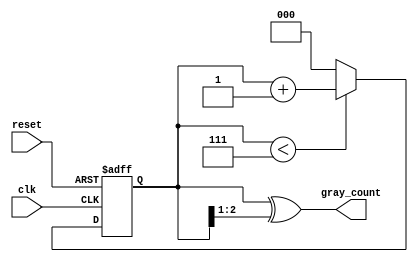
module gray_code_counter (
    input wire clk,        // Clock input
    input wire reset,      // Asynchronous reset
    output reg [2:0] gray_count  // Output in Gray code format
);

    // Internal register to hold the current binary count
    reg [2:0] binary_count;

    // Always block for synchronous logic
    always @(posedge clk or posedge reset) begin
        if (reset) begin
            // Initialize on reset
            binary_count <= 3'b000;  // Reset binary count to 0
        end else begin
            // Increment binary count
            if (binary_count < 3'b111) begin
                binary_count <= binary_count + 1; // Increment binary count
            end else begin
                binary_count <= 3'b000; // Wrap around to 0
            end
        end
    end

    // Always block to convert binary count to Gray code
    always @(binary_count) begin
        gray_count <= binary_count ^ (binary_count >> 1); // Conversion to Gray code
    end

endmodule